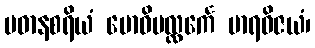
ပဓာနစရိယံ ဗောဓိပလ္လင်္ကေ မာရဝိဇယံ၊